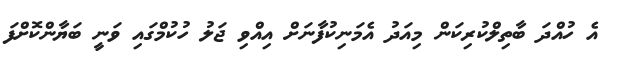
އެ ހުއްދަ ބާތިލްކުރިކަން މިއަދު އެމަނިކުފާނަށް އިއްވި ޖަލު ހުކުމްގައި ވަނީ ބަޔާންކޮށްފަ